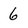
Character: 6